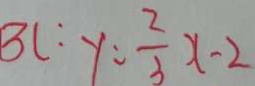
B C : y : \frac { 2 } { 3 } x - 2